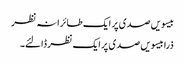
بیسویں صدی پر ایک طائرانہ نظر
ذرا بیسویں صدی پر ایک نظر ڈالئے۔